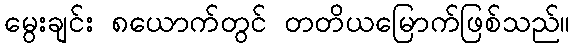
မွေးချင်း ၈ယောက်တွင် တတိယမြောက်ဖြစ်သည်။